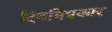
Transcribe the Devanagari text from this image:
दिनमित्रकार